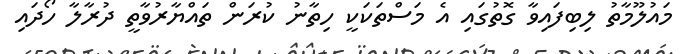
މައުލޫމާތު ލިބިފައިވާ ގޮތުގައި އެ މަސްތަކަކީ ހިތާނު ކުރަން ތައްޔާރުވާތީ ދުރާލާ ހޯދައި